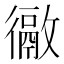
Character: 𢖉